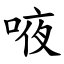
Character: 㖡